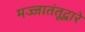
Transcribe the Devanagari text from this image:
मज्जातंतूद्वारे